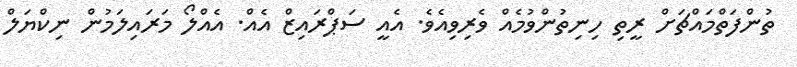
ތުންފަތްމައްޗަށް ރީތި ހިނިތުންވުމެއް ވެރިވިއެވެ. އެއީ ސަޕްރައިޒް އެއް. އެއްލޯ މަރައިލަމުން ނިކްޔަލް